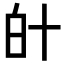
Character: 𤽁